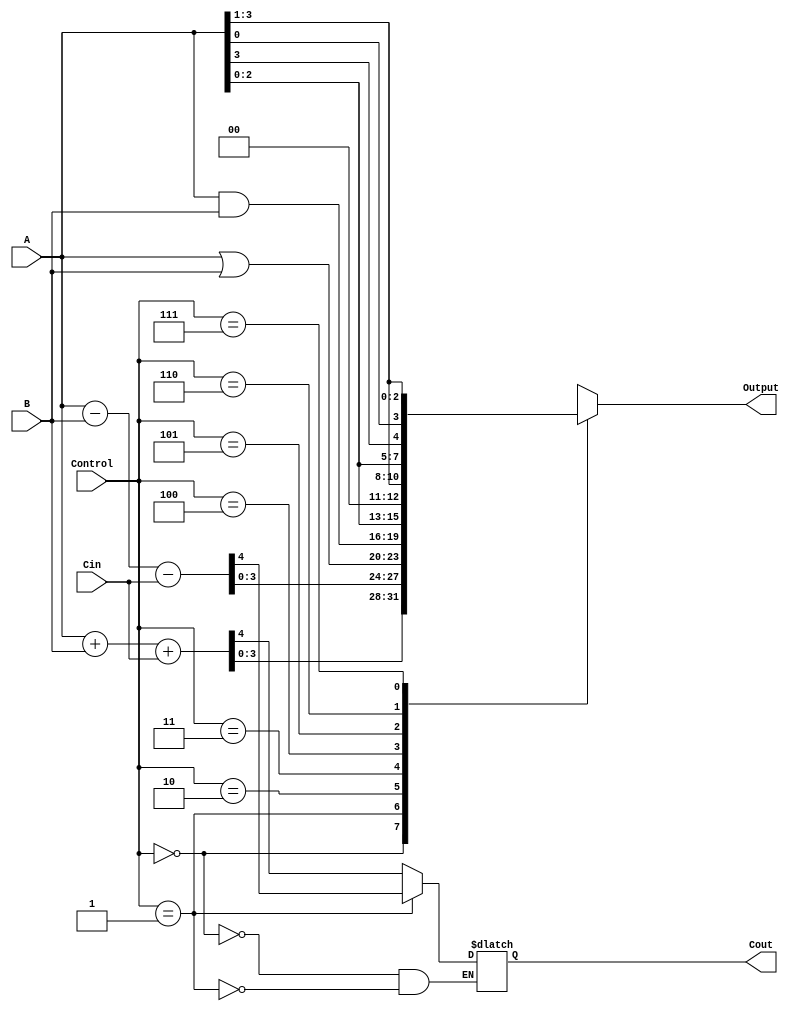
`timescale 1ns / 1ps
//////////////////////////////////////////////////////////////////////////////////
// Company: 
// Engineer: 
// 
// Design Name: 
// Module Name: ALU
// Project Name: 
// Target Devices: 
// Tool Versions: 
// Description: 
// 
// Dependencies: 
// 
// Revision:
// Revision 0.01 - File Created
// Additional Comments:
// 
//////////////////////////////////////////////////////////////////////////////////


module ALU(input [3:0]A, input [3:0]B, input Cin, input [2:0] Control, output reg [3:0] Output, output reg Cout);
    wire [4:0] fulladd = A + B + Cin;
    wire [4:0] fullsub = A - B - Cin;
    always@(*) begin
    case(Control)
    
        3'b000:begin Output <= fulladd[3:0];
                     Cout <= fulladd[4];
                      end 
        3'b001: begin Output <= fullsub[3:0];
                      Cout <= fullsub[4];
                      end
        3'b010: Output <= A|B;
        3'b011: Output <= A&B;
        3'b100: Output <= {A[2:0], 1'b0};
        3'b101: Output <= {1'b0, A[3:1]};
        3'b110: Output <= {A[2:0], A[3]};
        3'b111: Output <= {A[0], A[3:1]};
        
     endcase
   end
                        
endmodule